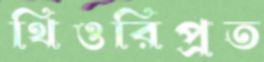
থিওরিপ্রত